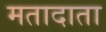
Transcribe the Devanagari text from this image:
मतादाता